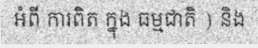
អំពី ការពិត ក្នុង ធម្មជាតិ ) និង